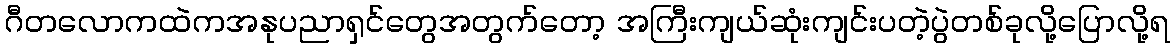
ဂီတလောကထဲကအနုပညာရှင်တွေအတွက်တော့ အကြီးကျယ်ဆုံးကျင်းပတဲ့ပွဲတစ်ခုလို့ပြောလို့ရ